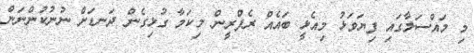
މި މައްސަލާގައި ފިޔަވަޅު މިއެޅީ ބައެއް ރެފްރީން މިކަމާ ގުޅިގެން ދަނޑަށް ނުނުކުންނަން